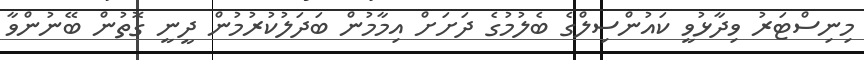
މިނިސްޓަރު ވިދާޅުވީ ކައުންސިލްގެ ބެލުމުގެ ދަށަށް އިމާމުން ބަދަލުކުރުމުން ދީނީ ގޮތުން ބޭނުންވާ